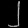
Digit: ၂